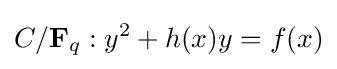
C/{\bf {F}}_{q}:y^{2}+h(x)y=f(x)